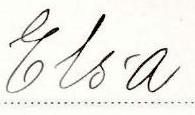
Elsa